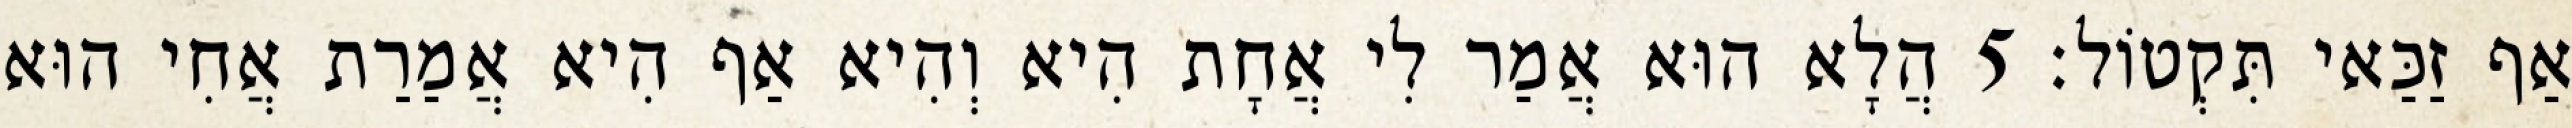
אַף זַכַּאי תִּקְטוֹל׃ 5 הֲלָא הוּא אֲמַר לִי אֲחָת הִיא וְהִיא אַף הִיא אֲמַרַת אֲחִי הוּא